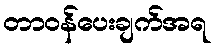
တာဝန်ပေးချက်အရ